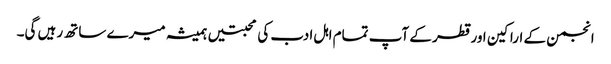
انجمن کے اراکین اور قطر کے آپ تمام اہل ادب کی محبتیں ہمیشہ میرے ساتھ رہیں گی۔